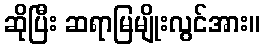
ဆိုပြီး ဆရာမြမျိုးလွင်အား။